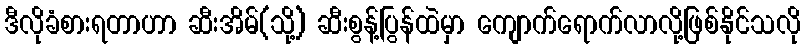
ဒီလိုခံစားရတာဟာ ဆီးအိမ်(သို့) ဆီးစွန့်ပြွန်ထဲမှာ ကျောက်ရောက်လာလို့ဖြစ်နိုင်သလို